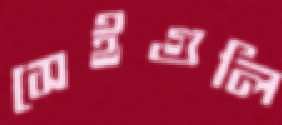
সেইগুলি